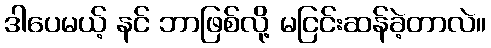
ဒါပေမယ့် နင် ဘာဖြစ်လို့ မငြင်းဆန်ခဲ့တာလဲ။